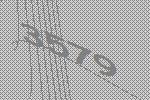
3579